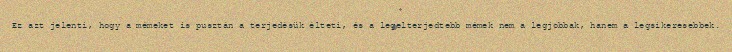
Ez azt jelenti, hogy a mémeket is pusztán a terjedésük élteti, és a legelterjedtebb mémek nem a legjobbak, hanem a legsikeresebbek.